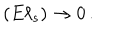
LaTeX: ( E \ell _ { s } ) \rightarrow 0 \, .